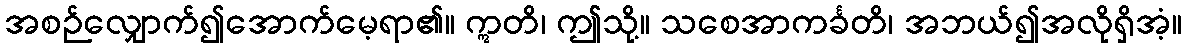
အစဉ်လျှောက်၍အောက်မေ့ရာ၏။ ဣတိ၊ ဤသို့။ သစေအာကင်္ခတိ၊ အဘယ်၍အလိုရှိအံ့။